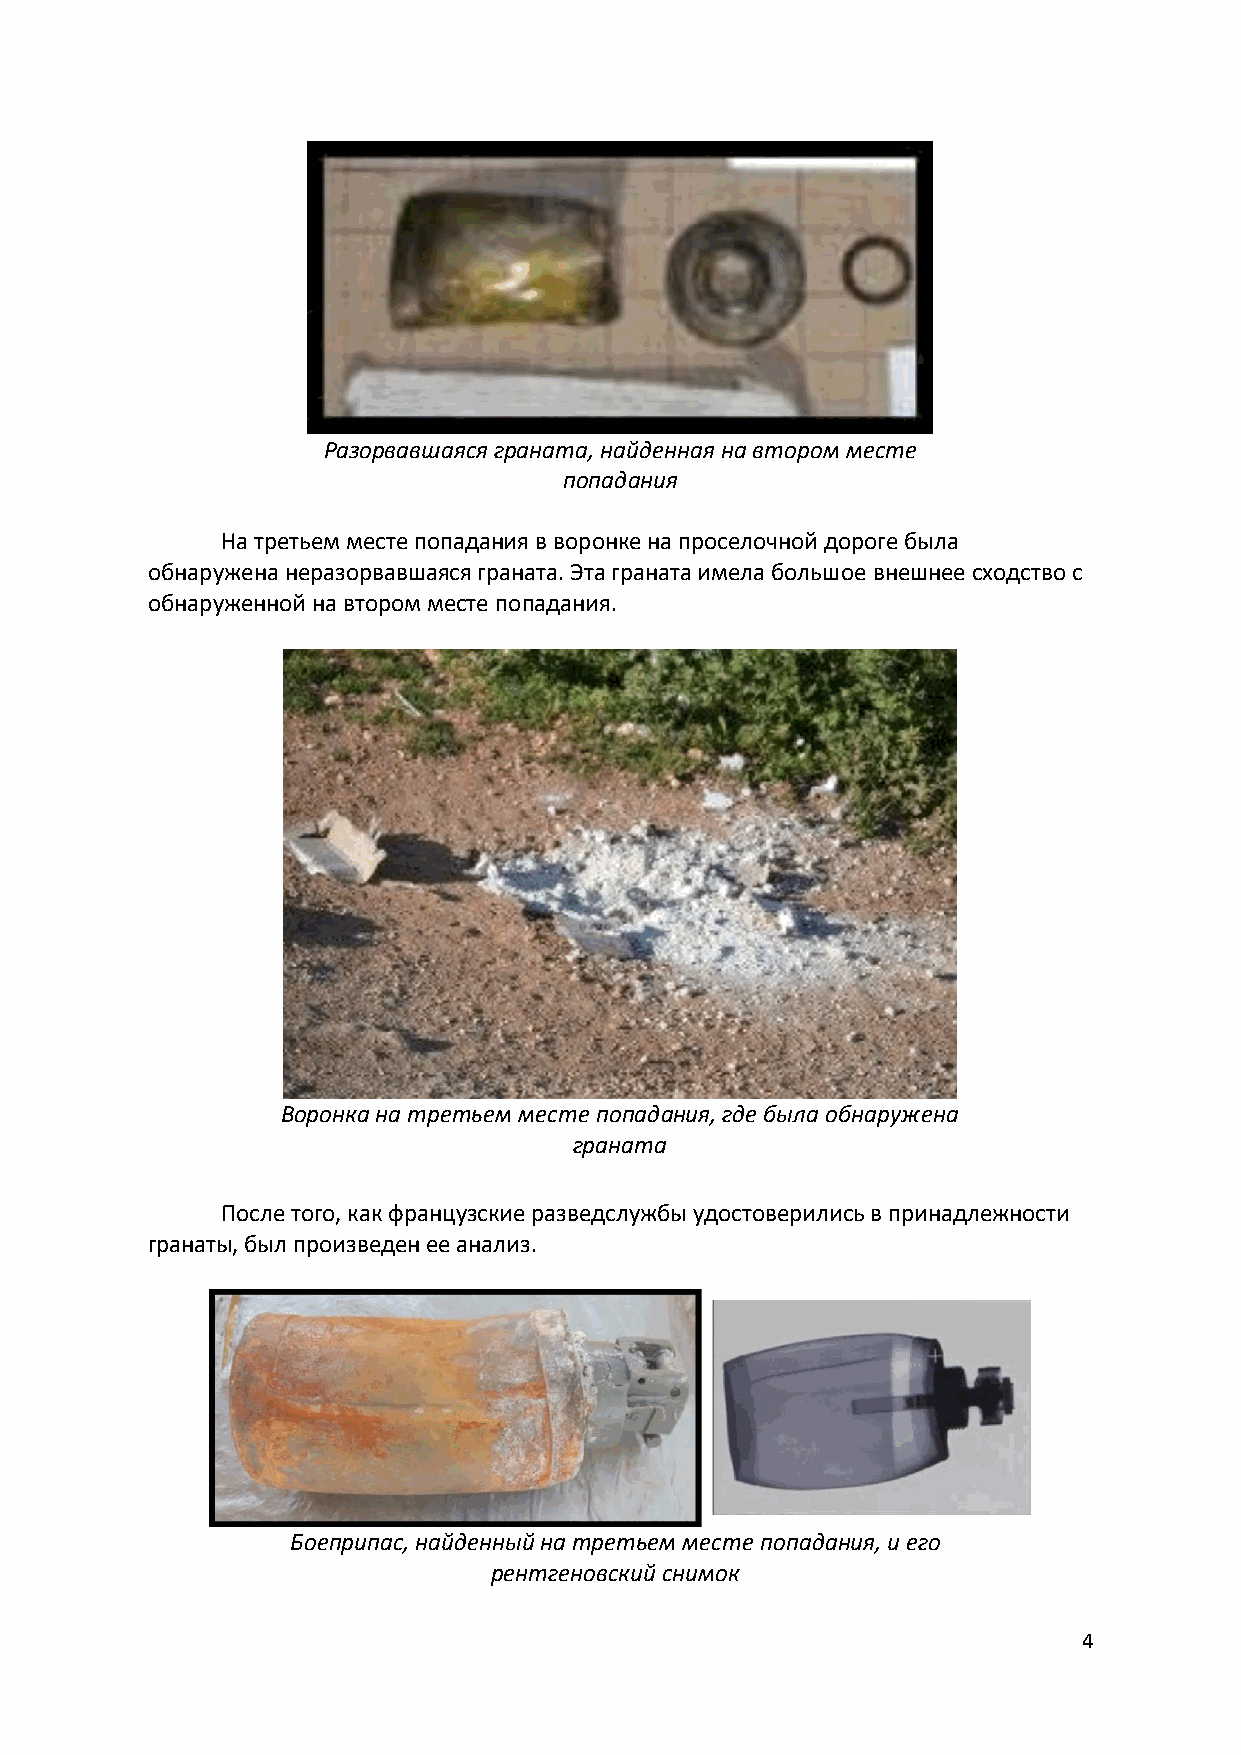
Разорвавшаяся граната, найденная на втором месте
 попадания
 На третьем месте попадания в воронке на проселочной дороге была
 обнаружена неразорвавшаяся граната. Эта граната имела большое внешнее сходство с
 обнаруженной на втором месте попадания.
 Воронка на третьем месте попадания, где была обнаружена
 граната
 После того, как французские разведслужбы удостоверились в принадлежности
 гранаты, был произведен ее анализ.
 Боеприпас, найденный на третьем месте попадания, и его
 рентгеновский снимок
 4